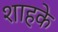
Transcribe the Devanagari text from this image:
शाहके